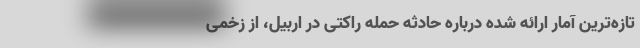
تازه‌ترین آمار ارائه شده درباره حادثه حمله راکتی در اربیل، از زخمی